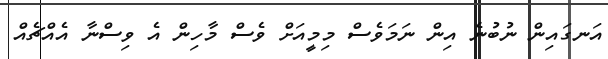
އަނގައިން ނުބުނެ އިން ނަމަވެސް މިމީއަށް ވެސް މާހިން އެ ވިސްނާ އެއްޗެއް